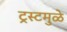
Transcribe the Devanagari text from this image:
ट्रस्टमुळे